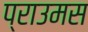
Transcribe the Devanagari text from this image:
प्राउमस